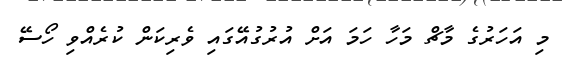
މި އަހަރުގެ މާޗް މަހާ ހަމަ އަށް އުރުގުއޭގައި ވެރިކަން ކުރެއްވި ހޯސޭ